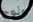
ولوج